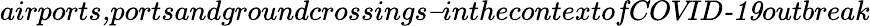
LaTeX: \textit{airports,portsandgroundcrossings–inthecontextofCOVID-19outbreak}